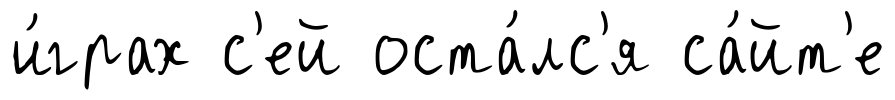
и́грах с'ей оста́лс'я са́йт'е